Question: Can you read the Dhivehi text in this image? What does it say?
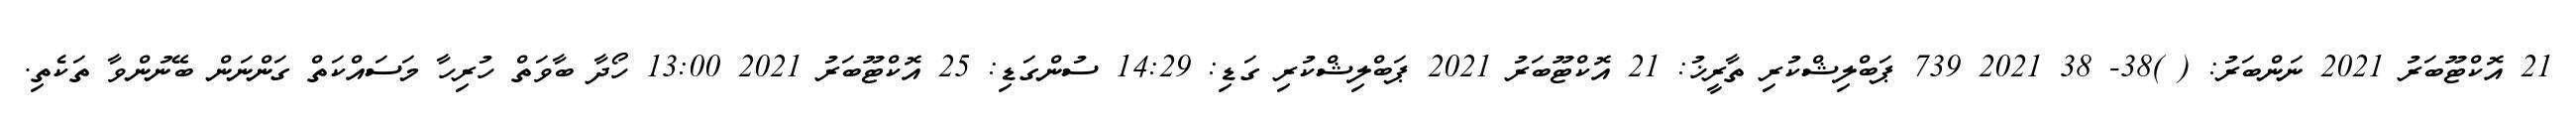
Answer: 21 އޮކްޓޫބަރު 2021 ނަންބަރު: ( )38- 38 2021 739 ޕަބްލިޝްކުރި ތާރީޚު: 21 އޮކްޓޫބަރު 2021 ޕަބްލިޝްކުރި ގަޑި: 14:29 ސުންގަޑި: 25 އޮކްޓޫބަރު 2021 13:00 ހޯދާ ބާވަތް ހުރިހާ މަސައްކަތް ގަންނަން ބޭނުންވާ ތަކެތި.